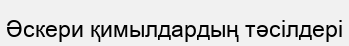
Әскери қимылдардың тәсілдері